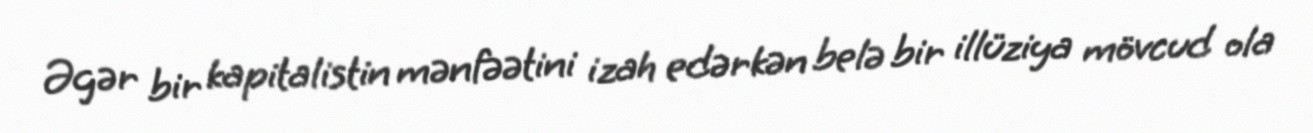
Əgər bir kapitalistin mənfəətini izah edərkən belə bir illüziya mövcud ola